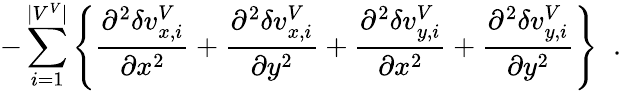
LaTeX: -\sum_{i=1}^{|V^{V}|}\left\{ \frac{\partial^{2}\delta v_{x,i}^{V}}{\partial x^{2}}+\frac{\partial^{2}\delta v_{x,i}^{V}}{\partial y^{2}}+\frac{\partial^{2}\delta v_{y,i}^{V}}{\partial x^{2}}+\frac{\partial^{2}\delta v_{y,i}^{V}}{\partial y^{2}}\right\} \; \; .